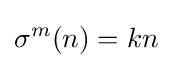
\sigma ^{m}(n)=kn